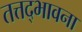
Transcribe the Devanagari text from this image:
तत्तद्भावना